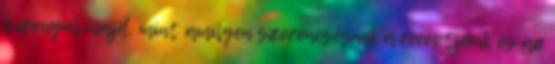
bizonyul majd, mint amilyen szerencsésnek a receptjeink és az